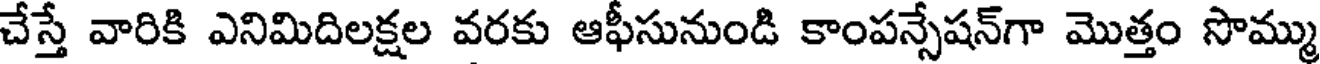
చేస్తే వారికి ఎనిమిదిలక్షల వరకు ఆఫీసునుండి కాంపన్సేషన్గా మొత్తం సొమ్ము